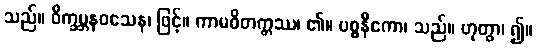
သည်။ ဝိက္ခမ္ဘနဝသေန၊ ဖြင့်။ ကာမဝိတက္ကဿ၊ ၏။ ပစ္စနီကော၊ သည်။ ဟုတွာ၊ ၍။